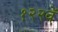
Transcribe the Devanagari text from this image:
१२२वें